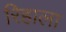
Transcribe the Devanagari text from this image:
रिहाला